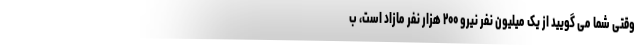
وقتی شما می گویید از یک میلیون نفر نیرو ۲۰۰ هزار نفر مازاد است، ب